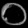
Digit: ၀